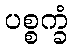
ပစ္စက္ခံ